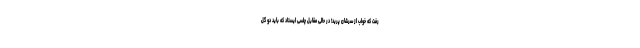
رفت که خواب از سرشان پرید! در حالی مقابل چلسی ایستاد که باید دو گل